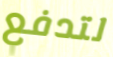
لتدفع